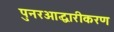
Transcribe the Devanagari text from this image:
पुनरओद्धारीकरण